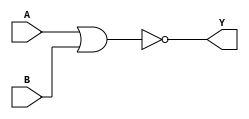
module xor_gate(
    input A,
    input B,
    output Y
);

wire A_and_B, A_nand_B, A_nor_B;

assign A_and_B = A & B;
assign A_nand_B = ~(A & B);
assign A_nor_B = A | B;

assign Y = ~A_nor_B;

endmodule